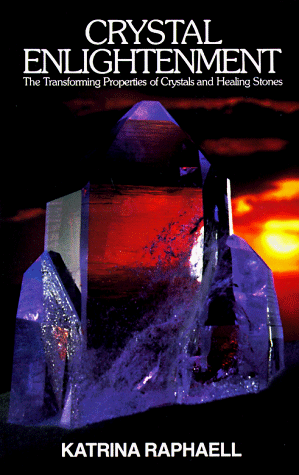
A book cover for Crystal Enlightenment: The Transforming Properties of Crystals and Healing Stones (Crystal Trilogy, Vol. 1); Katrina Raphaell; Religion & Spirituality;